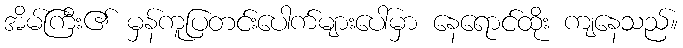
အိမ်ကြီး၏ မှန်ကူပြတင်းပေါက်များပေါ်မှာ နေရောင်ထိုး ကျနေသည်။